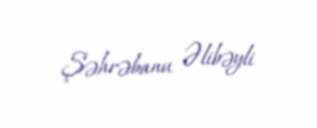
Şəhrəbanu Əlibəyli